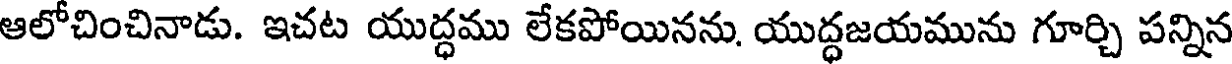
ఆలోచించినాడు. ఇచట యుద్ధము లేకపోయినను, యుద్ధజయమును గూర్చి పన్నిన